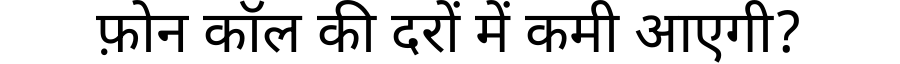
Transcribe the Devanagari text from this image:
फ़ोन कॉल की दरों में कमी आएगी?